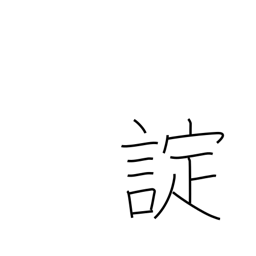
Meaning: command